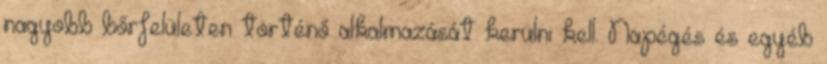
nagyobb bőrfelületen történő alkalmazását kerülni kell. Napégés és egyéb